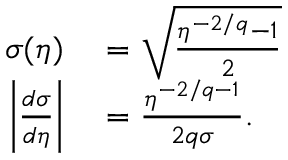
\begin{array} { r l } { \sigma ( \eta ) } & { { } = \sqrt { \frac { \eta ^ { - 2 / q } - 1 } { 2 } } } \\ { \left\vert \frac { d \sigma } { d \eta } \right\vert } & { { } = \frac { \eta ^ { - 2 / q - 1 } } { 2 q \sigma } . } \end{array}